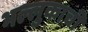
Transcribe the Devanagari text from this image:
भल्लुकाची